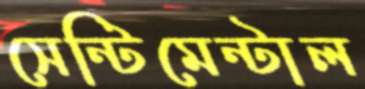
সেন্টিমেন্টাল